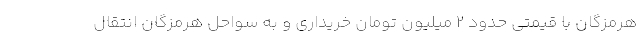
هرمزگان با قیمتی حدود ۲ میلیون تومان خریداری و به سواحل هرمزگان انتقال